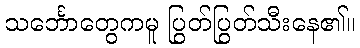
သင်္ဘောတွေကမူ ပြွတ်ပြွတ်သီးနေ၏။